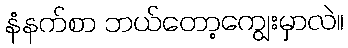
နံနက်စာ ဘယ်တော့ကျွေးမှာလဲ။